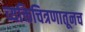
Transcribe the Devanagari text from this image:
व्यक्तिचित्रणातूनच